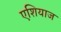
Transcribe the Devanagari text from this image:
एशियाज